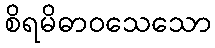
စိရမိဓာဝသေသော